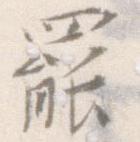
罷